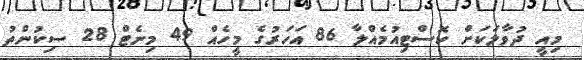
މިއީ ދުވާލަކަށް ކޮސްޓިއުމެއްލާ 86 އަހަރުގެ މީހެއް 49 މިނެޓް 28 ސިކުންތު